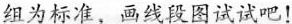
组为标准，画线段图试试吧！